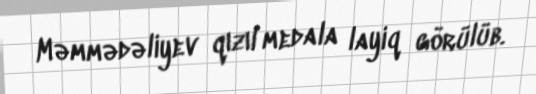
Məmmədəliyev qızıl medala layiq görülüb.